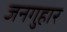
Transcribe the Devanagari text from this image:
जनगुहार